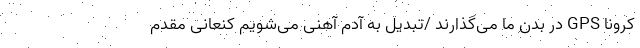
کرونا GPS در بدن ما می‌گذارند /تبدیل به آدم آهنی می‌شویم کنعانی مقدم